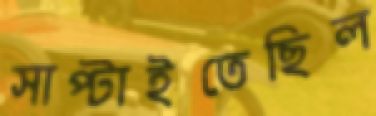
সাপ্‌টাইতেছিল